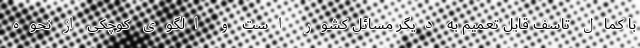
با کمال تاسف قابل تعمیم به دیگر مسائل کشور است و الگوی کوچکی از نحوه